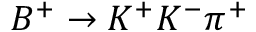
B ^ { + } \to K ^ { + } K ^ { - } \pi ^ { + }